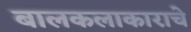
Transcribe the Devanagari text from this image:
बालकलाकाराचे